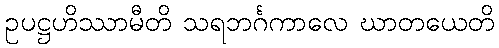
ဥပဋ္ဌဟိဿာမီတိ သရဘင်္ဂကာလေ ဃာတယေတိ